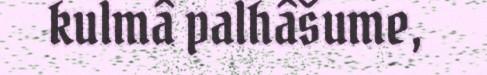
kulmâ palhâšume,